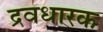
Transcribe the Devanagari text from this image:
द्रवधारक